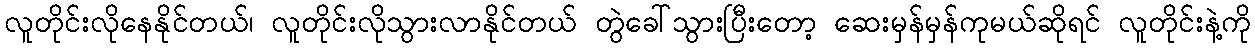
လူတိုင်းလိုနေနိုင်တယ်၊ လူတိုင်းလိုသွားလာနိုင်တယ် တွဲခေါ်သွားပြီးတော့ ဆေးမှန်မှန်ကုမယ်ဆိုရင် လူတိုင်းနဲ့ကို